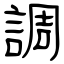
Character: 調